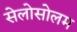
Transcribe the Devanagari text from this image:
सेलोसोलम